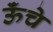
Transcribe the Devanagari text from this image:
ऊॅंचे